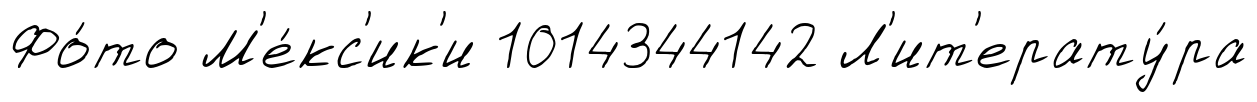
Фо́то М'е́кс'ик'и 1014344142 Л'ит'ерату́ра